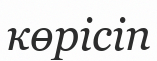
көрісіп